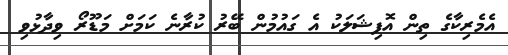
އެމެރިކާގެ ތިން އޮފިޝަލަކު އެ ގައުމުން ބޭރު ކުރާނެ ކަމަށް މަޑޫރޯ ވިދާޅުވި